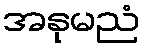
အနုမညံ